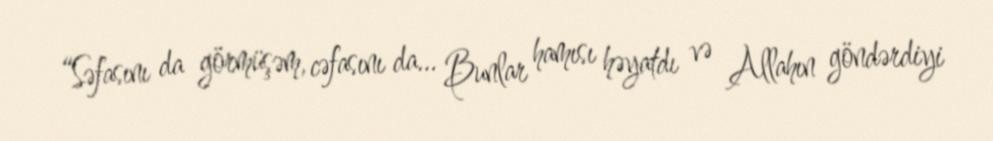
“Səfasını da görmüşəm, cəfasını da… Bunlar hamısı həyatdı və Allahın göndərdiyi